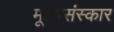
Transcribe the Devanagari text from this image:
मूल्यसंस्कार